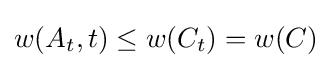
w(A_{t},t)\leq w(C_{t})=w(C)